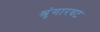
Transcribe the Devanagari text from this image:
श्रृंगारवट